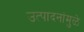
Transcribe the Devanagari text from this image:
उत्पादनांमुळे